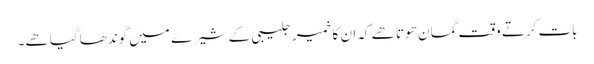
بات کرتے وقت گمان ھوتا ھے کہ ان کا خمیر جلیبی کے شیرے میں گوندھا گیا ھے۔